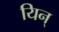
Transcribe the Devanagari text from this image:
यिन्